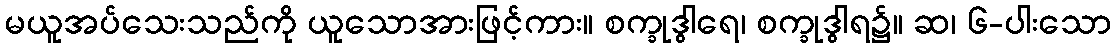
မယူအပ်သေးသည်ကို ယူသောအားဖြင့်ကား။ စက္ခုဒွါရေ၊ စက္ခုဒွါရ၌။ ဆ၊ ၆-ပါးသော